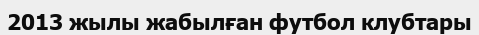
2013 жылы жабылған футбол клубтары